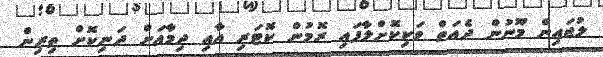
ލުޖައިން މޫނުން ދެއަތް ވަކިކޮށްލާފައި ރޮމުން ކޮޓަރި އާއި ދިމާއަށް ދަނިކޮށް ތިރިން